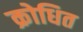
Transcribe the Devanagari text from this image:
क्रोधित